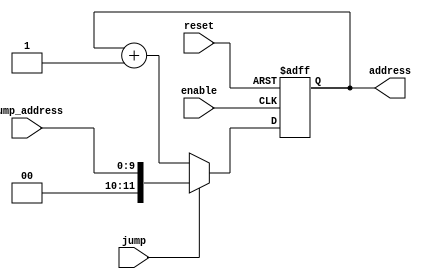
`timescale 1ns / 1ps
//////////////////////////////////////////////////////////////////////////////////
// Company: 
// Engineer: 
// 
// Design Name: 
// Module Name:    PC 
// Project Name: 
// Target Devices: 
// Tool versions: 
// Description: 
//
// Dependencies: 
//
// Revision: 
// Revision 0.01 - File Created
// Additional Comments: 
//
//////////////////////////////////////////////////////////////////////////////////
module pc(
    input reset,
	 input enable,
    input jump,
	 input [9:0] jump_address,
    output reg [11:0] address
    ); 
	 
    always @ (posedge enable or posedge reset) begin
	     if (reset == 1) begin
		      address <= 12'h000;
		  end
		  else begin
		      if (jump == 1)
		          address <= jump_address;
		      else
		          address <= address + 1;
		  end
	 end
	 
endmodule